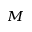
_ M